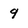
Character: 9